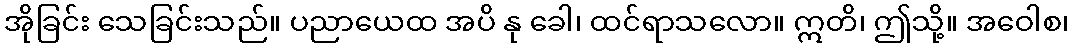
အိုခြင်း သေခြင်းသည်။ ပညာယေထ အပိ နု ခေါ၊ ထင်ရာသလော။ ဣတိ၊ ဤသို့။ အဝေါစ၊